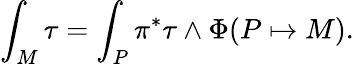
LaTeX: \int_{M}\tau=\int_{P}\pi^{*}\tau\wedge\Phi(P\mapsto M).